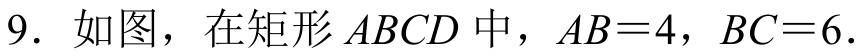
9. 如图，在矩形\(ABCD\)中，\(AB = 4\)，\(BC = 6\)．